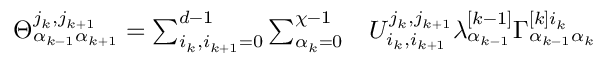
\begin{array} { r l } { \Theta _ { \alpha _ { k - 1 } \alpha _ { k + 1 } } ^ { j _ { k } , j _ { k + 1 } } = \sum _ { i _ { k } , i _ { k + 1 } = 0 } ^ { d - 1 } \sum _ { \alpha _ { k } = 0 } ^ { \chi - 1 } } & { { } U _ { i _ { k } , i _ { k + 1 } } ^ { j _ { k } , j _ { k + 1 } } \lambda _ { \alpha _ { k - 1 } } ^ { [ k - 1 ] } \Gamma _ { \alpha _ { k - 1 } \alpha _ { k } } ^ { [ k ] i _ { k } } } \end{array}